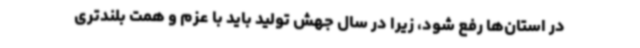
در استان‌ها رفع شود، زیرا در سال جهش تولید باید با عزم و همت بلندتری